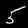
Digit: 5